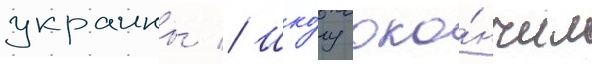
украины // Шко́лу око́нчил